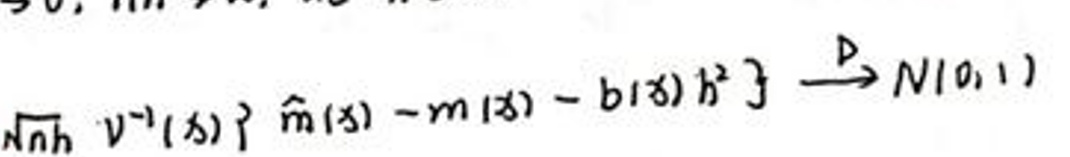
$\sqrt{n h} V^{-1}(x)\{\hat{m}(x)-m(x)-b(x) h^{2}\} \stackrel{D}{\rightarrow} N(0,1)$